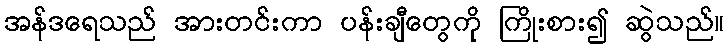
အန်ဒရေသည် အားတင်းကာ ပန်းချီတွေကို ကြိုးစား၍ ဆွဲသည်။